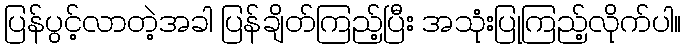
ပြန်ပွင့်လာတဲ့အခါ ပြန်ချိတ်ကြည့်ပြီး အသုံးပြုကြည့်လိုက်ပါ။